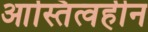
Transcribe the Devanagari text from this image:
आस्तित्वहीन